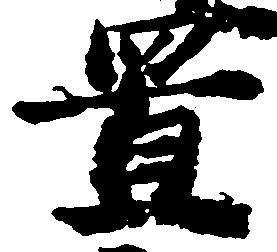
置